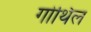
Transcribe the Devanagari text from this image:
गोथिल